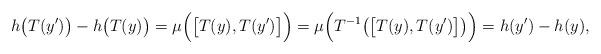
LaTeX: \begin{align*} h\big(T(y') \big)-h\big(T(y) \big) =\mu\Big(\big[T(y),T(y')\big]\Big)=\mu\Big(T^{-1}\big(\big[T(y),T(y')\big]\big)\Big)=h(y')-h(y), \end{align*}